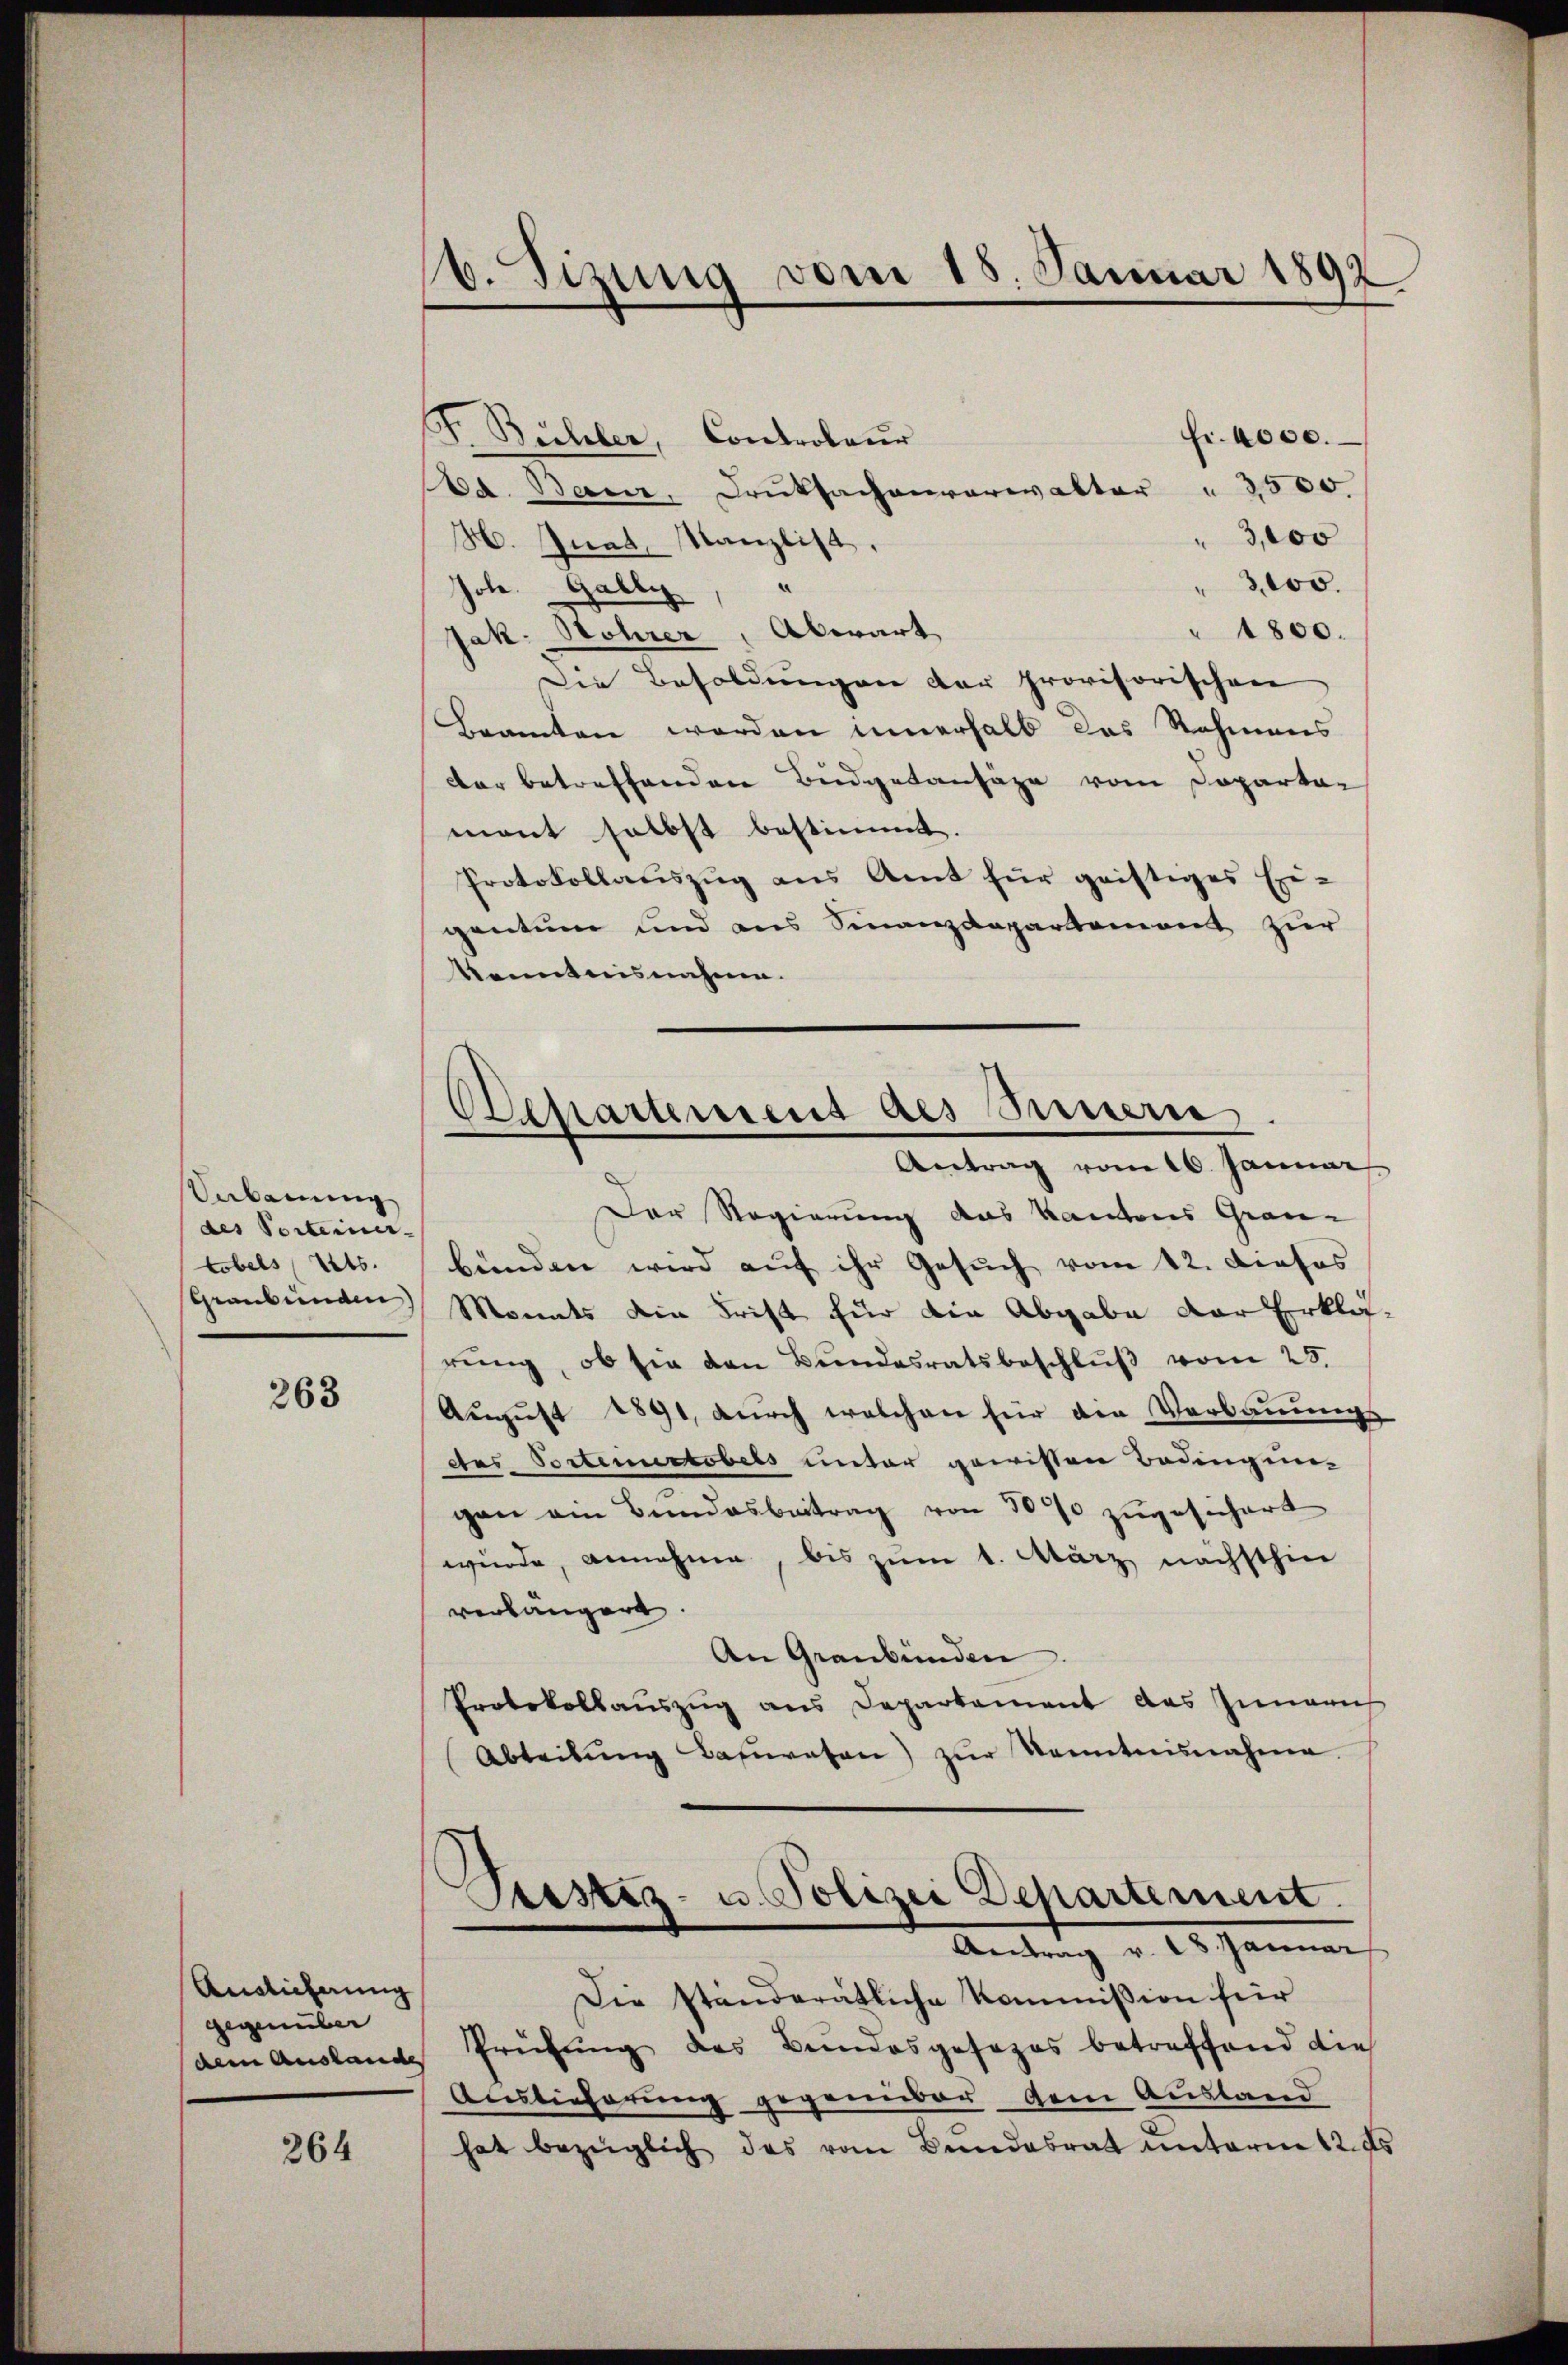
Sebauung
des Porteiner
tobels (Sts.
Graubünden

263

Anglicherung
gegenüber

264

b. Sizung vom 15. Januar 1892

F. Bichler, Controleur
Fr. 4000.
da. Bam, Druksachenverwalter " 2500.
3,000
M. Inat, Kanzlist.
3,000.
Jole. Gally,
" 4800.
Jak. Hohrer, Abwart
Die Besoldungen der provisorischen
Gramten werden innerhalb das Rahmens
der betreffenden Budgetansage vom Dopartar
mont selbst bestimmt.
Protokollauszug aus Amt für geistiges Eigentum und aus Finanzdepartement zur
Kenntnisnehme.
Der Regierung das Kantons Grau-
bunden wird auf ihr Gesuch vom 12. dieses
Monats die Frist für die Abgabe der Erklä-
rung, ob sie den Bundesratsbeschlŭβ vom 23.
August 1891, durch welchen für die Verbauungs
des Portementobers unter gewissen Bedingung
gen ein Bundesbeitrag von 300 zugesichert
wurde, annehme, bis zum 1. März nächsthin
verlängert
An Graubünden.
Protokollauszug aus Departement des Innern
Abteilung bezwesen) zur Kenntnisnahme.
Pustiz- u. Polizei Departement.
Antrag v. 28. Januar
Die ständerätliche Kommission für
dem Auslande Prüfung des Bundesgesezes betreffend die
Auslieferung gegenüber dem Ausland
hat bezüglich das vom Bundesrat unterm 12. ds

Departemens des Sinnern
Antrag vom 16. Januar